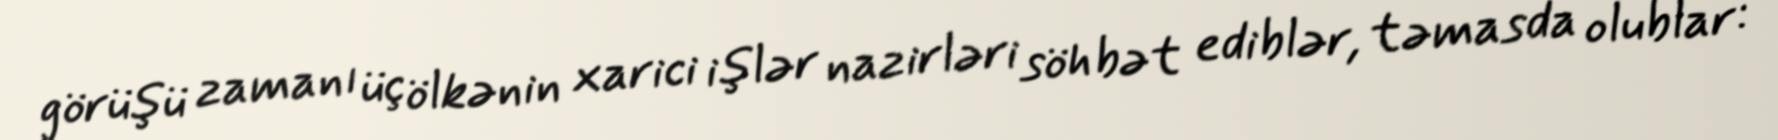
görüşü zamanı üç ölkənin xarici işlər nazirləri söhbət ediblər, təmasda olublar: